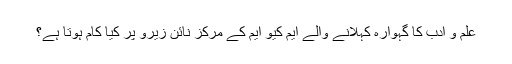
علم و ادب کا گہوارہ کہلانے والے ایم کیو ایم کے مرکز نائن زیرو پر کیا کام ہوتا ہے؟